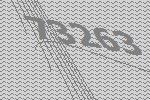
73263